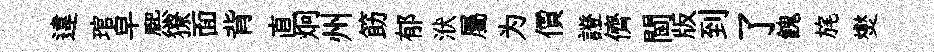
違琯皁熈獠面背直炯州筯郁洑屬为價證儕閫版到了餽旄爕